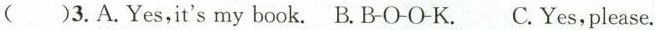
()3.A.Yes,it's my book.B. B-O-O-K. C.Yes, please.